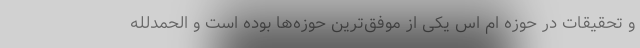
و تحقیقات در حوزه‌ ام اس یکی از موفق‌ترین حوزه‌ها بوده است و الحمدلله